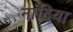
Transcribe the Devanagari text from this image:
नांदिया